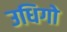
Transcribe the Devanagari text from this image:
उधिगो